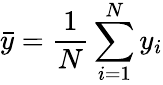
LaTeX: \bar{y}=\frac{1}{N}\sum_{i=1}^{N}y_{i}